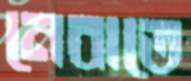
নেবাতে